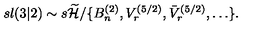
s l ( 3 | 2 ) \sim s \widetilde { { \cal H } } / \{ B _ { n } ^ { ( 2 ) } , V _ { r } ^ { ( 5 / 2 ) } , \bar { V } _ { r } ^ { ( 5 / 2 ) } , \ldots \} .